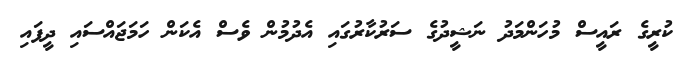
ކުރީގެ ރައީސް މުހަންމަދު ނަޝީދުގެ ސަރުކާރުގައި އެދުމުން ވެސް އެކަން ހަމަޖައްސައި ދީފައި